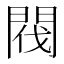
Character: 閥